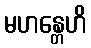
မဟန္တေဟိ